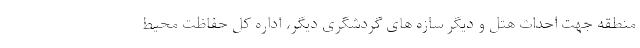
منطقه جهت احداث هتل و دیگر سازه های گردشگری دیگر، اداره کل حفاظت محیط